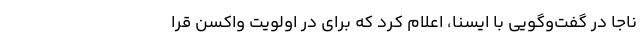
ناجا در گفت‌وگویی با ایسنا، اعلام کرد که برای در اولویت واکسن قرا